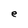
Character: e